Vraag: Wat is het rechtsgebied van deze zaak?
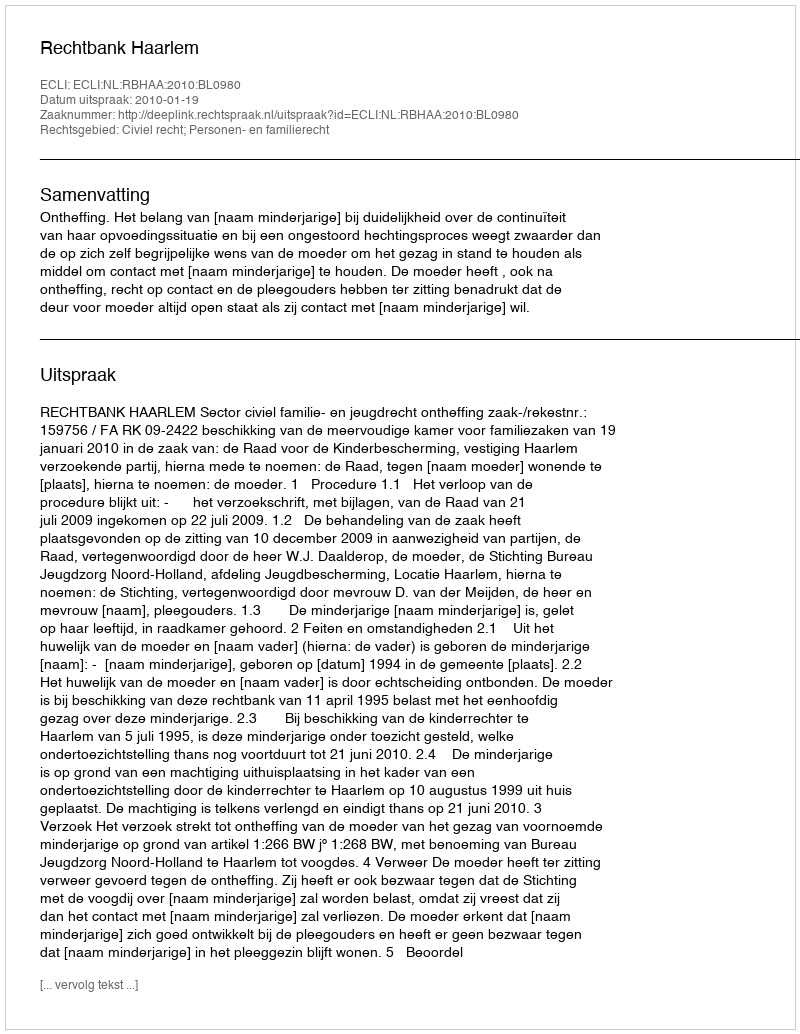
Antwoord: Civiel recht; Personen- en familierecht